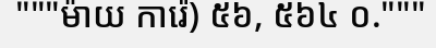
"""ម៉ាយ ការ៉េ) ៥៦, ៥៦៤ ០."""